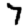
Digit: 7